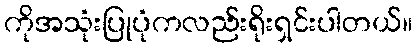
ကိုအသုံးပြုပုံကလည်းရိုးရှင်းပါတယ်။